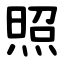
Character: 照